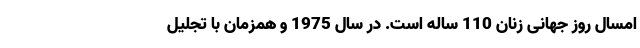
امسال روز جهانی زنان 110 ساله است. در سال 1975 و همزمان با تجلیل